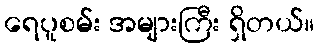
ရေပူစမ်း အများကြီး ရှိတယ်။